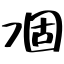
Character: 凅